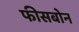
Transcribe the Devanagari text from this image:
फीसबोन